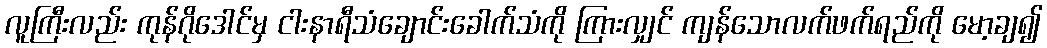
လူကြီးလည်း ကုန်ဂိုဒေါင်မှ ငါးနာရီသံချောင်းခေါက်သံကို ကြားလျှင် ကျန်သောလက်ဖက်ရည်ကို မော့ချ၍